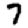
Digit: 7